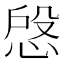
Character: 𢜄